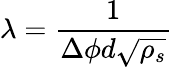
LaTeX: \lambda=\frac{1}{\Delta\phi d\sqrt{\rho_{s}}}